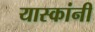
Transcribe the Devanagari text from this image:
यास्कांनी